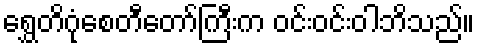
ရွှေတိဂုံစေတီတော်ကြီးက ဝင်းဝင်းဝါဘိသည်။